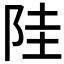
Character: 𱀋